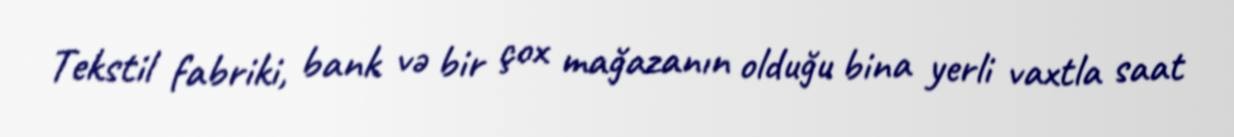
Tekstil fabriki, bank və bir çox mağazanın olduğu bina yerli vaxtla saat